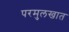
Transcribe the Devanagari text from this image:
परमुलखात